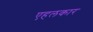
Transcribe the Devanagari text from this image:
एहलकार